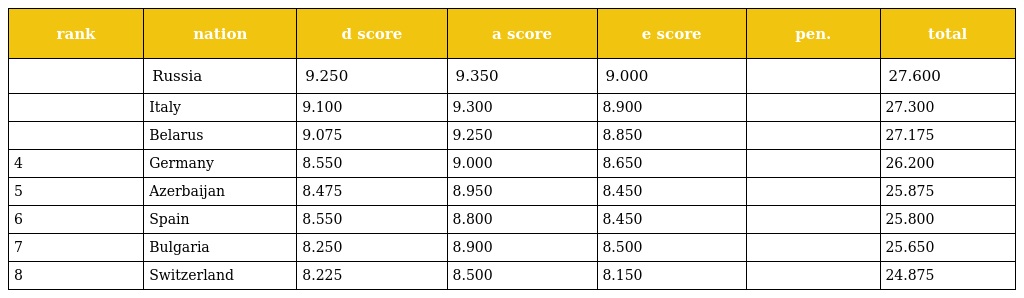
| rank | nation | d score | a score | e score | pen. | total |
 | --- | --- | --- | --- | --- | --- | --- |
 |  | Russia | 9.250 | 9.350 | 9.000 |  | 27.600 |
 |  | Italy | 9.100 | 9.300 | 8.900 |  | 27.300 |
 |  | Belarus | 9.075 | 9.250 | 8.850 |  | 27.175 |
 | 4 | Germany | 8.550 | 9.000 | 8.650 |  | 26.200 |
 | 5 | Azerbaijan | 8.475 | 8.950 | 8.450 |  | 25.875 |
 | 6 | Spain | 8.550 | 8.800 | 8.450 |  | 25.800 |
 | 7 | Bulgaria | 8.250 | 8.900 | 8.500 |  | 25.650 |
 | 8 | Switzerland | 8.225 | 8.500 | 8.150 |  | 24.875 |